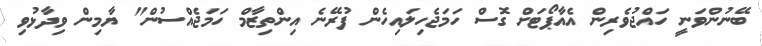
ބޭނުންވަނީ ހައްޖުވެރިން އެއާޕޯޓަށް ގޮސް ހަމަޖެހިލައިހެން ފުރޭނެ އިންތިޒާމް ހަމަޖެއްސުން" ޔާމިން ވިދާޅުވި